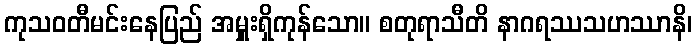
ကုသဝတီမင်းနေပြည် အမှူးရှိကုန်သော။ စတုရာသီတိ နာဂရဿသဟဿာနိ၊